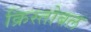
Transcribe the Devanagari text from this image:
क्रिस्तोबल